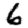
Digit: 6